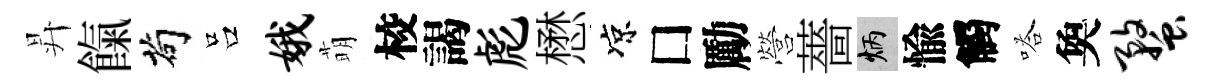
昇餼茍吕娥萌校謁彪懋凉□勵營薔炳愉觸嗒奐蝥